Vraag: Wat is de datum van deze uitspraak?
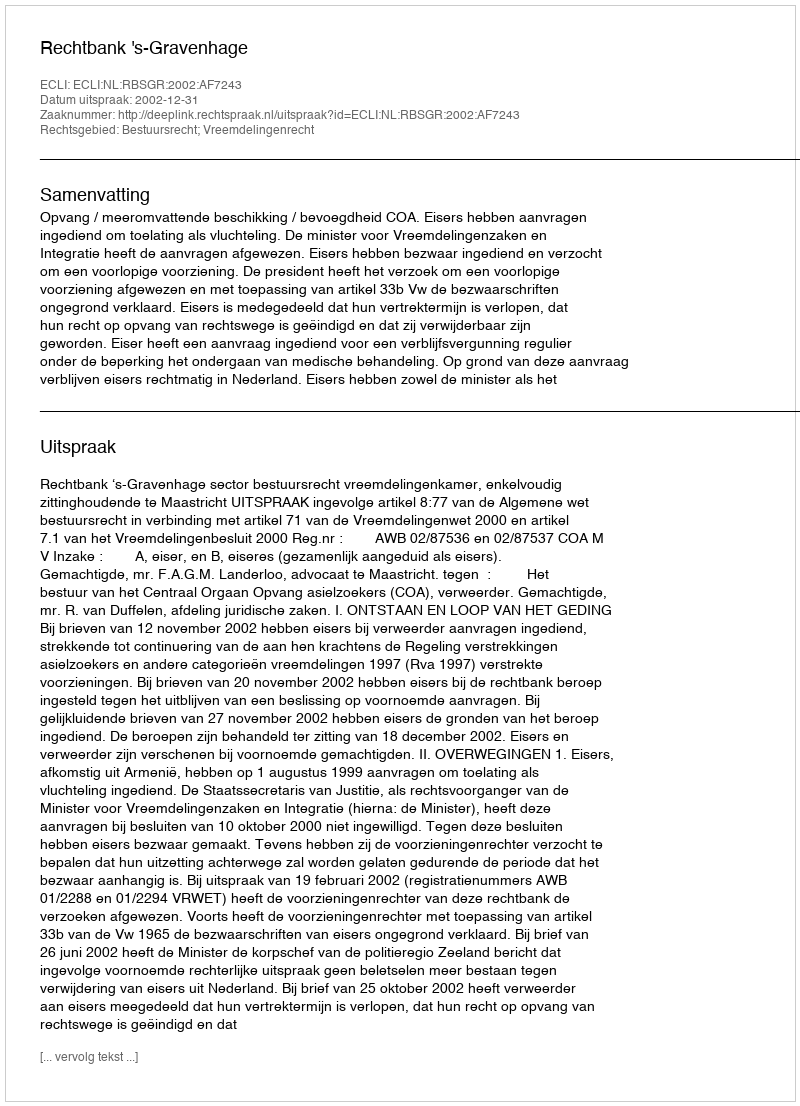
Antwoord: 2002-12-31